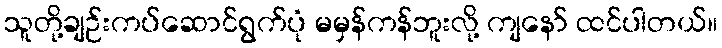
သူတို့ချဉ်းကပ်ဆောင်ရွက်ပုံ မမှန်ကန်ဘူးလို့ ကျနော် ထင်ပါတယ်။